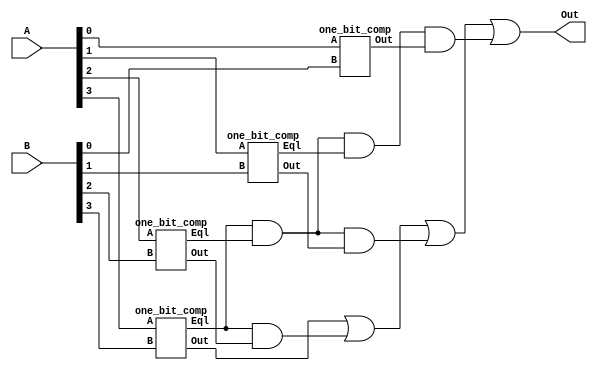
`timescale 1ns / 1ps
//////////////////////////////////////////////////////////////////////////////////
// Company: 
// Engineer: 
// 
// Design Name: 
// Module Name:    comparator 
// Project Name: 
// Target Devices: 
// Tool versions: 
// Description: 
//
// Dependencies: 
//
// Revision: 
// Revision 0.01 - File Created
// Additional Comments: 
//
//////////////////////////////////////////////////////////////////////////////////
module comparator(
    input [3:0] A,
    input [3:0] B,
    output Out
    );
	
	wire Out0, Out1, Out2, Out3;
    wire Eql1, Eql2, Eql3;
	
	one_bit_comp bit3(.A(A[3]), .B(B[3]), .Out(Out3), .Eql(Eql3));
	one_bit_comp bit2(.A(A[2]), .B(B[2]), .Out(Out2), .Eql(Eql2));
	one_bit_comp bit1(.A(A[1]), .B(B[1]), .Out(Out1), .Eql(Eql1));
	one_bit_comp bit0(.A(A[0]), .B(B[0]), .Out(Out0));
	
	assign Out = Out3 |
	             (Eql3 & Out2) | 
				 (Eql3 & Eql2 & Out1) | 
				 (Eql3 & Eql2 & Eql1 & Out0);	
endmodule

module one_bit_comp(
    input A,
    input B,
    output Out,
    output Eql
    );
	
	assign Out = A & ~B;
	assign Eql = (~A & ~B) | (A & B);

endmodule